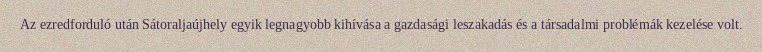
Az ezredforduló után Sátoraljaújhely egyik legnagyobb kihívása a gazdasági leszakadás és a társadalmi problémák kezelése volt.